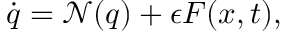
\dot { \boldsymbol { q } } = \mathcal { N } ( \boldsymbol { q } ) + \epsilon \boldsymbol { F } ( \boldsymbol { x } , t ) ,